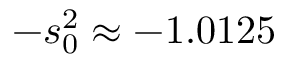
- s _ { 0 } ^ { 2 } \approx - 1 . 0 1 2 5